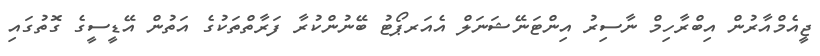
ޖީއެމްއާރުން އިބްރާހިމް ނާސިރު އިންޓަނޭޝަނަލް އެއަރޕޯޓު ބޭނުންކުރާ ފަރާތްތަކުގެ އަތުން އޭޑީސީގެ ގޮތުގައި